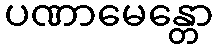
ပဏာမေန္တော